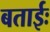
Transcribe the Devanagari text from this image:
बताईः